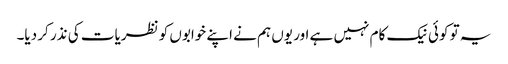
یہ تو کوئی نیک کام نہیں ہے اور یوں ہم نے اپنے خوابوں کو نظریات کی نذر کر دیا۔